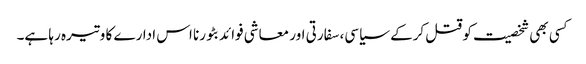
کسی بھی شخصیت کو قتل کرکے سیاسی، سفارتی اور معاشی فوائد بٹورنا اس ادارے کا وتیرہ رہا ہے۔